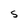
Character: S